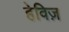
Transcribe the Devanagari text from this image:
हेविज़